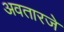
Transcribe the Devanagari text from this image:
अवतारजे